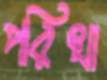
পরিখা